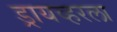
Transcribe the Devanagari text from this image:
ड्रायव्हरला